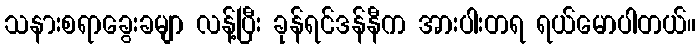
သနားစရာခွေးခမျာ လန့်ပြီး ခုန်ရင်ဒန်နီက အားပါးတရ ရယ်မောပါတယ်။